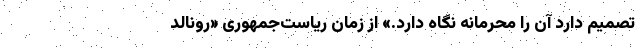
تصمیم دارد آن را محرمانه نگاه دارد.» از زمان ریاست‌جمهوری «رونالد